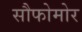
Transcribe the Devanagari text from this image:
सौफोमोर